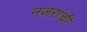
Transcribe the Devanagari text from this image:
नजरांची